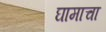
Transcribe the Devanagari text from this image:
घामाचा